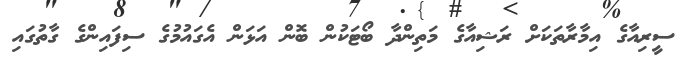
ސީރިއާގެ އިމާރާތަކަށް ރަޝިއާގެ މަތިންދާ ބޯޓަކުން ބޮން އަޅަން އެގައުމުގެ ސިފައިންގެ ގާތުގައި